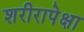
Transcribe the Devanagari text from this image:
शरीरापेक्षा